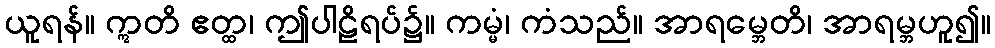
ယူရန်။ ဣတိ ဧတ္ထ၊ ဤပါဠိရပ်၌။ ကမ္မံ၊ ကံသည်။ အာရမ္ဘေတိ၊ အာရမ္ဘဟူ၍။